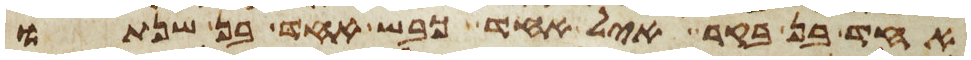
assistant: אחד בן בקר איל אחד כבש אחד בן שנתו